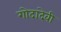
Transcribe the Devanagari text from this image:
गोदादेवी